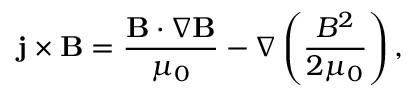
{ \bf { j } } \times { \bf { B } } = \frac { { { \bf { B } } \cdot \nabla { \bf { B } } } } { { { \mu _ { 0 } } } } - \nabla \left( { \frac { { { B ^ { 2 } } } } { { 2 { \mu _ { 0 } } } } } \right) ,